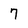
Character: 7